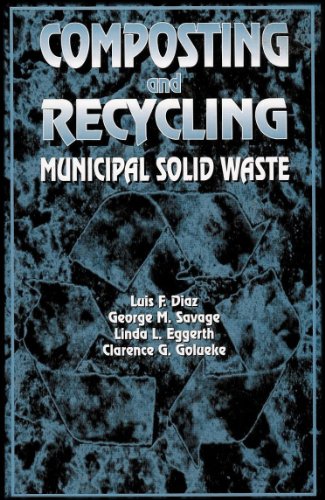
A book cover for Composting and Recycling Municipal Solid Waste; Luis F. Diaz; Science & Math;